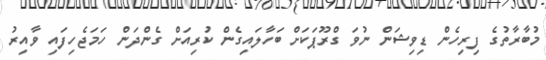
މުބާރާތުގެ ފިރިހެން ޑިވިޝަން ނުވަ ގްރޫޕަކަށް ބަހާލައިގެން ކުރިއަށް ގެންދަން ހަމަޖެހިފައި ވާއިރު